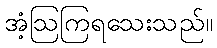
အံ့ဩကြရသေးသည်။